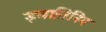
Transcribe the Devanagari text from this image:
इमातिनिब